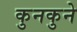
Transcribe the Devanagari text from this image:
कुनकुने